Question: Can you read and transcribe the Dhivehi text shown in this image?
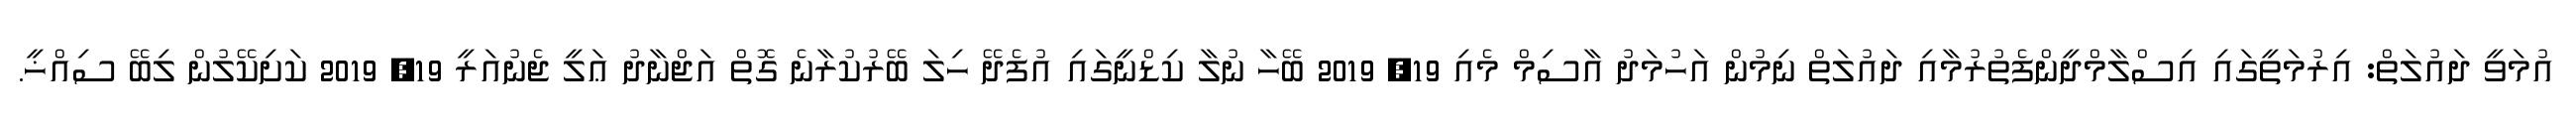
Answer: އުމަވީ ދައުލަތް: އިރުމަތީގައި އިސްލާމްދީންފެތުރުމާއި ދައުލަތް ނިމުން އަހުމަދު އާސިމް މެއި 19, 2019 ބޭހާ ނުލާ ކިޑްނީގައި އުފެދޭ ހިލަ ބޭރުކުރާނެ ގޮތް އަޖްނާދު ޢަލީ ޖެނުއަރީ 19, 2019 ކަށިކޭލުން ލިބޭ ސިއްޚީ.